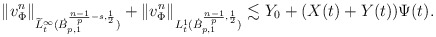
\begin{align*}\|{v}^n_{\Phi}\|_{\widetilde{L}_t^\infty(\dot{B}^{\frac{n-1}{p}-s,\frac{1}{2}}_{p,1})}+\|{v}^n_{\Phi}\|_{L_t^1(\dot{B}^{\frac{n-1}{p},\frac{1}{2}}_{p,1})}\lesssim Y_0 +(X(t)+Y(t))\Psi(t).\end{align*}